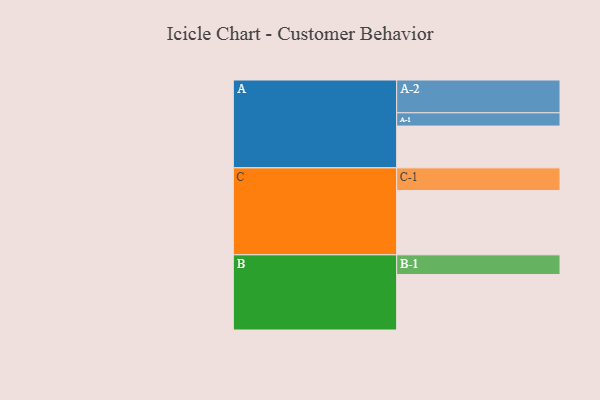
{"axis": {"x": "Segment", "y": "Value"}, "legend": ["", "A", "B", "C"], "data": [{"x": "A", "y": 372, "type": ""}, {"x": "B", "y": 494, "type": ""}, {"x": "C", "y": 572, "type": ""}, {"x": "A-1", "y": 118, "type": "A"}, {"x": "A-2", "y": 292, "type": "A"}, {"x": "B-1", "y": 175, "type": "B"}, {"x": "C-1", "y": 202, "type": "C"}]}